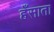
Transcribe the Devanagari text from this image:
हँसाता